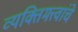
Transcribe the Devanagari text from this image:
व्यक्तिमत्त्वांचे